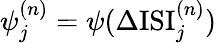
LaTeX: \psi_{j}^{(n)}=\psi(\Delta\mathrm{ISI}_{j}^{(n)})